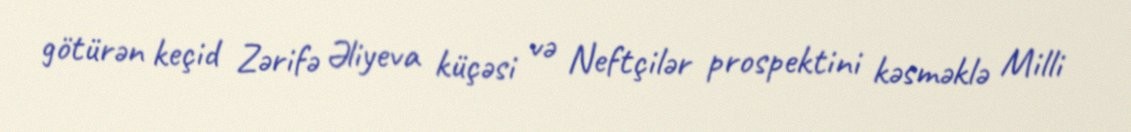
götürən keçid Zərifə Əliyeva küçəsi və Neftçilər prospektini kəsməklə Milli